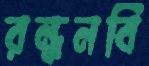
রন্ধনবি